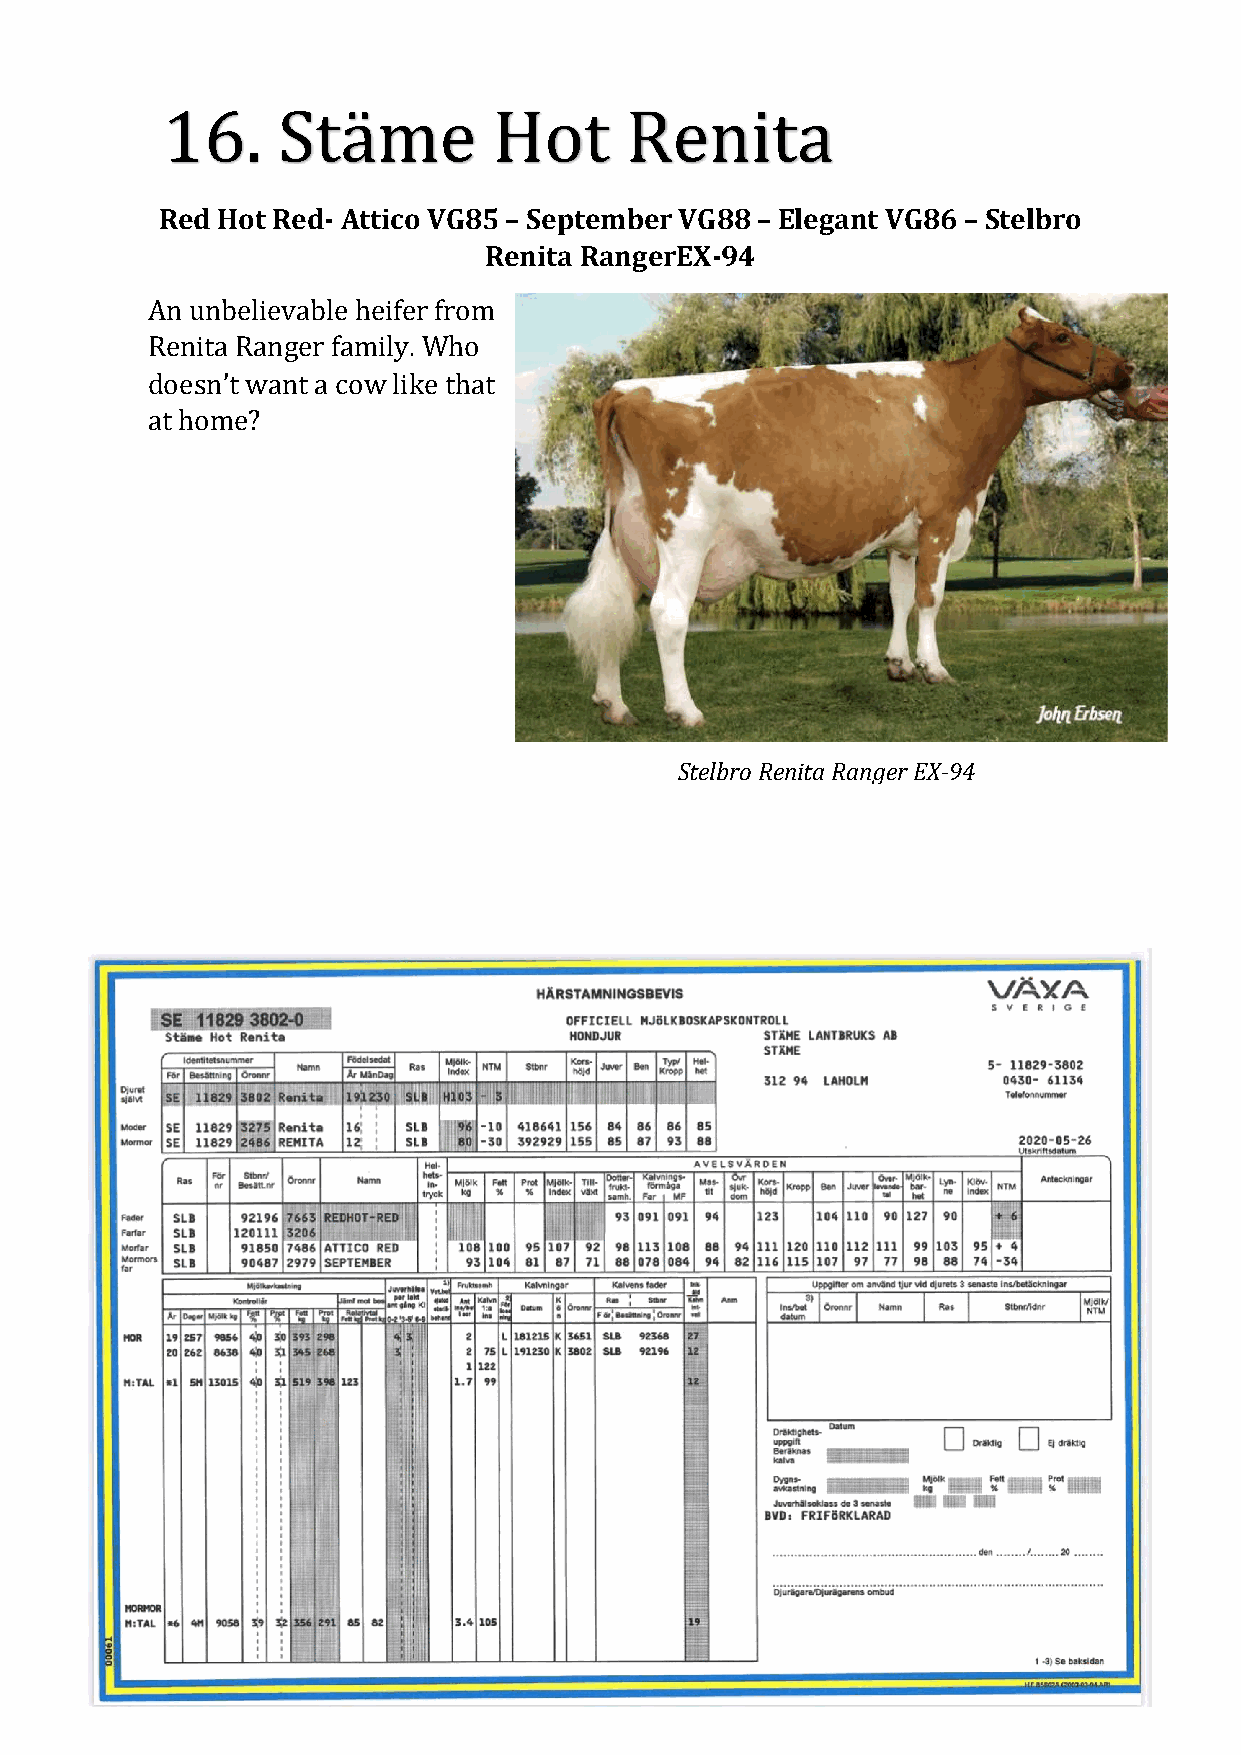
16.    Stäme          Hot     Renita
 Red Hot Red- Attico VG85 – September VG88 – Elegant VG86 – Stelbro
 Renita RangerEX-94
 An unbelievable heifer from
 Renita Ranger family. Who
 doesn’t want a cow like that
 at home?
 Stelbro Renita Ranger EX-94